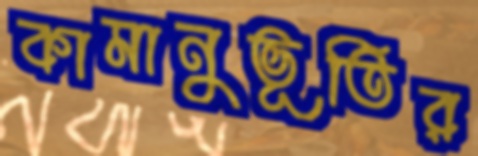
কামানুভূতির